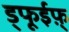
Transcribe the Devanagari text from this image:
ड्फूईफ़़्